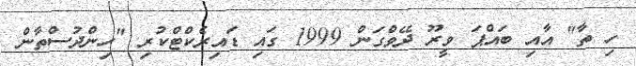
ހި ތާ" އާއި ބައްޕަ ވީރޫ ދޭވްގަން 1999 ގައި ޑައިރެކްޓްކުރި "ހިންދުސްތާން